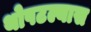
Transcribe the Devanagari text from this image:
थोपटल्यास